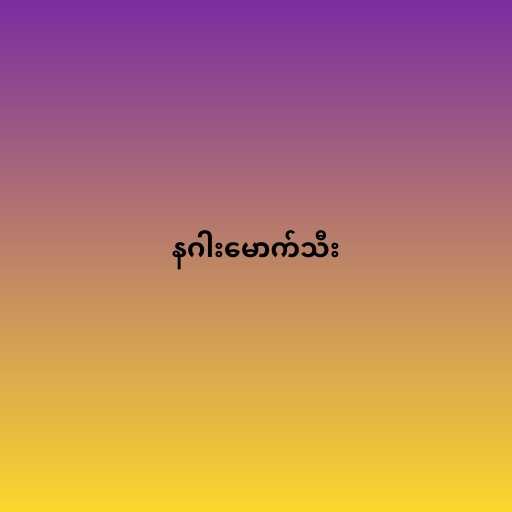
နဂါးမောက်သီး